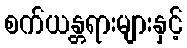
စက်ယန္တရားများနှင့်